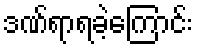
ဒဏ်ရာရခဲ့ကြောင်း